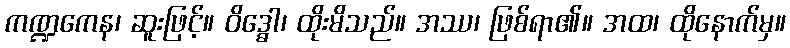
ကဏ္ဍကေန၊ ဆူးဖြင့်။ ဝိဒ္ဓေါ၊ ထိုးမိသည်။ အဿ၊ ဖြစ်ရာ၏။ အထ၊ ထိုနောက်မှ။